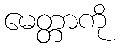
မေတ္တာကို